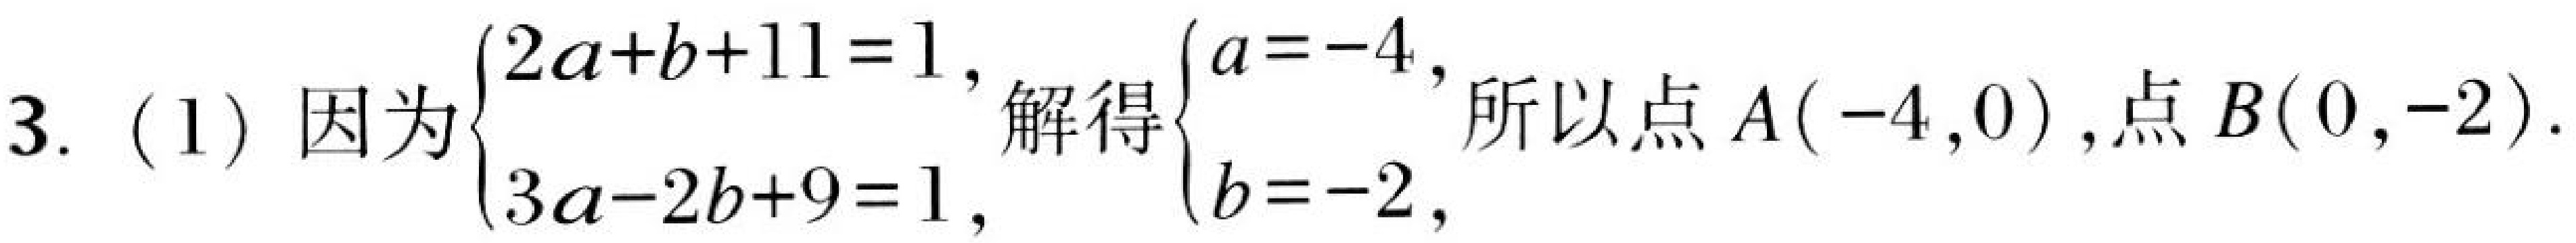
3. (1) 因为\(\begin{cases}2a + b + 11 = 1,\\3a - 2b + 9 = 1,\end{cases}\)解得\(\begin{cases}a = -4,\\b = -2,\end{cases}\)所以点\(A(-4,0)\)，点\(B(0,-2)\)。